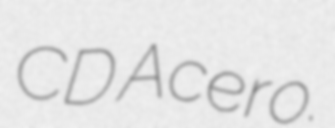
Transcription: CD Acero.